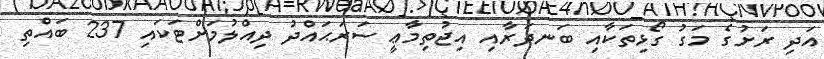
އަދި ރަށުގެ މަގު ގޯޅިތަކާއި ބަނދަރާއި އިޖުތިމާޢީ ސަރަޙައްދު ދިއްލުމަށްޓަކައި 237 ބައްތި